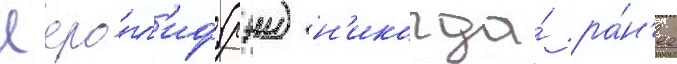
Иеро́гл'иф (рэи) н'икогда́ ра́н'ее